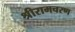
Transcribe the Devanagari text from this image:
श्रीरामचरण